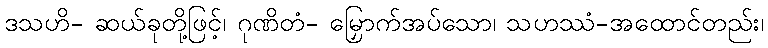
ဒသဟိ- ဆယ်ခုတို့ဖြင့်၊ ဂုဏိတံ- မြှောက်အပ်သော၊ သဟဿံ-အထောင်တည်း၊